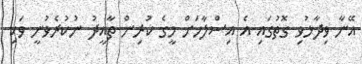
އޭނާ ވިދާޅުވި ގޮތުގައި އެ އިސްލާހަށް މީގެ ކުރިން ތާއީދު ނުކުރެވުނީ ވަކި